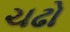
ચઢો